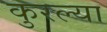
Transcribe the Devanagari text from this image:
कुरल्या